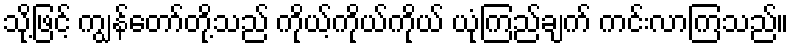
သို့ဖြင့် ကျွန်တော်တို့သည် ကိုယ့်ကိုယ်ကိုယ် ယုံကြည်ချက် ကင်းလာကြသည်။